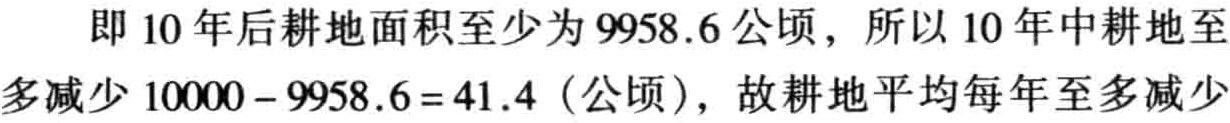
即 10 年后耕地面积至少为 9958.6 公顷，所以 10 年中耕地至多减少 \(10000 - 9958.6 = 41.4\)（公顷），故耕地平均每年至多减少